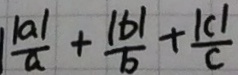
\frac { \vert a \vert } { a } + \frac { \vert b \vert } { b } + \frac { \vert c \vert } { c }